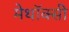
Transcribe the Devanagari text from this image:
मेथॉक्सी